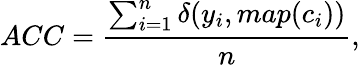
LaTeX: ACC=\frac{\sum_{i=1}^{n}{\delta{(y_{i},map(c_{i}))}}}{{n}},